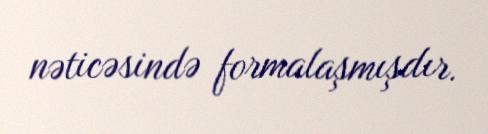
nəticəsində formalaşmışdır.